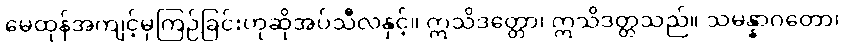
မေထုန်အကျင့်မှကြဉ်ခြင်းဟုဆိုအပ်သီလနှင့်။ ဣသိဒတ္တော၊ ဣသိဒတ္တသည်။ သမန္နာဂတော၊